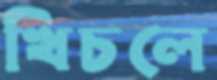
খিচলে